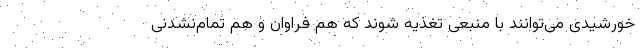
خورشیدی می‌توانند با منبعی تغذیه شوند که هم فراوان و هم تمام‌نشدنی